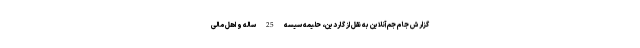
گزارش جام جم آنلاین به نقل از گاردین، حلیمه سیسه 25 ساله و اهل مالی